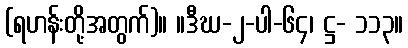
(ရဟန်းတို့အတွက်)။ ။ဒီဃ-၂-ပါ-၆၄၊ ဋ္ဌ- ၁၁၃။